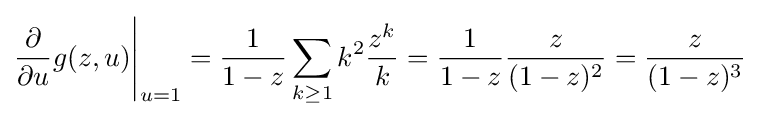
{\frac {\partial }{\partial u}}g(z,u){\Bigg |}_{u=1}={\frac {1}{1-z}}\sum _{k\geq 1}k^{2}{\frac {z^{k}}{k}}={\frac {1}{1-z}}{\frac {z}{(1-z)^{2}}}={\frac {z}{(1-z)^{3}}}